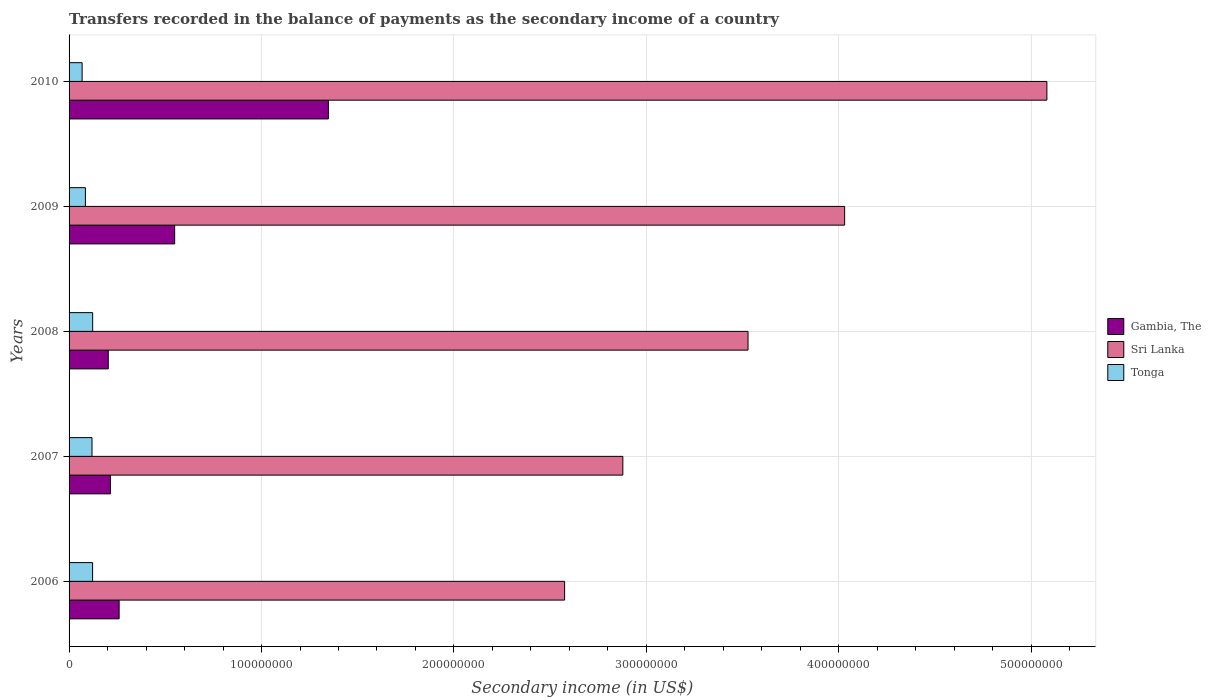
| Years | Gambia, The | Sri Lanka | Tonga |
 | --- | --- | --- | --- |
 | 2006 | 2.6e+07 | 2.58e+08 | 1.22e+07 |
 | 2007 | 2.15e+07 | 2.88e+08 | 1.19e+07 |
 | 2008 | 2.04e+07 | 3.53e+08 | 1.23e+07 |
 | 2009 | 5.49e+07 | 4.03e+08 | 8.49e+06 |
 | 2010 | 1.35e+08 | 5.08e+08 | 6.77e+06 |